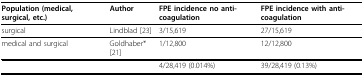
<table><thead><tr><td><b>Population (medical, surgical, etc.)</b></td><td><b>Author</b></td><td><b>FPE incidence no anti-coagulation</b></td><td><b>FPE incidence with anti-coagulation</b></td></tr></thead><tbody><tr><td>surgical</td><td>Lindblad [23]</td><td>3/15,619</td><td>27/15,619</td></tr><tr><td>medical and surgical</td><td>Goldhaber* [21]</td><td>1/12,800</td><td>12/12,800</td></tr><tr><td></td><td></td><td>4/28,419 (0.014%)</td><td>39/28,419 (0.13%)</td></tr></tbody></table>